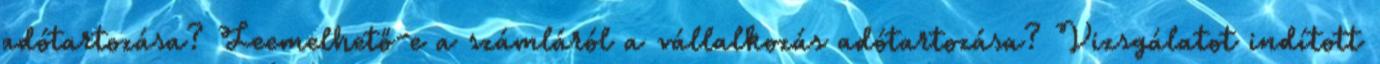
adótartozása? Leemelhető-e a számláról a vállalkozás adótartozása? Vizsgálatot indított